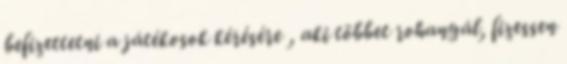
befizettetni a játékosok kérésére , aki többet rohangál, fizessen